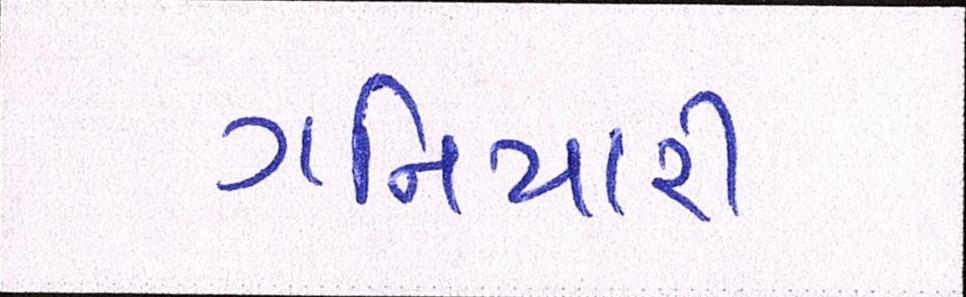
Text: ગનિયારી